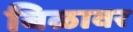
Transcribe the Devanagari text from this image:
बिळावर